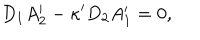
D _ { 1 } A _ { 2 } ^ { \prime } - \kappa ^ { \prime } D _ { 2 } A _ { 1 } ^ { \prime } = 0 ,